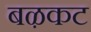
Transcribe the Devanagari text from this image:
बऴकट